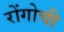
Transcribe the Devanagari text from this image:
रोंगोची